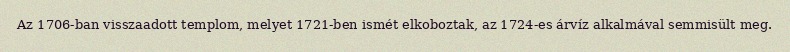
Az 1706-ban visszaadott templom, melyet 1721-ben ismét elkoboztak, az 1724-es árvíz alkalmával semmisült meg.